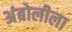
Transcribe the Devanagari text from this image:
अंबोलीला